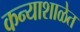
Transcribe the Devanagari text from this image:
कन्याशाळेत